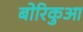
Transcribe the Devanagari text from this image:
बोरिकुआ